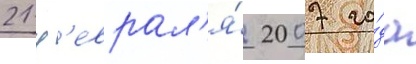
21 ф'еврал'я́ 2007 го́да